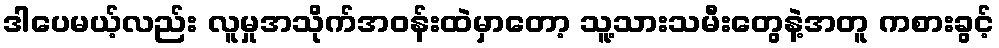
ဒါပေမယ့်လည်း လူမှုအသိုက်အဝန်းထဲမှာတော့ သူ့သားသမီးတွေနဲ့အတူ ကစားခွင့်